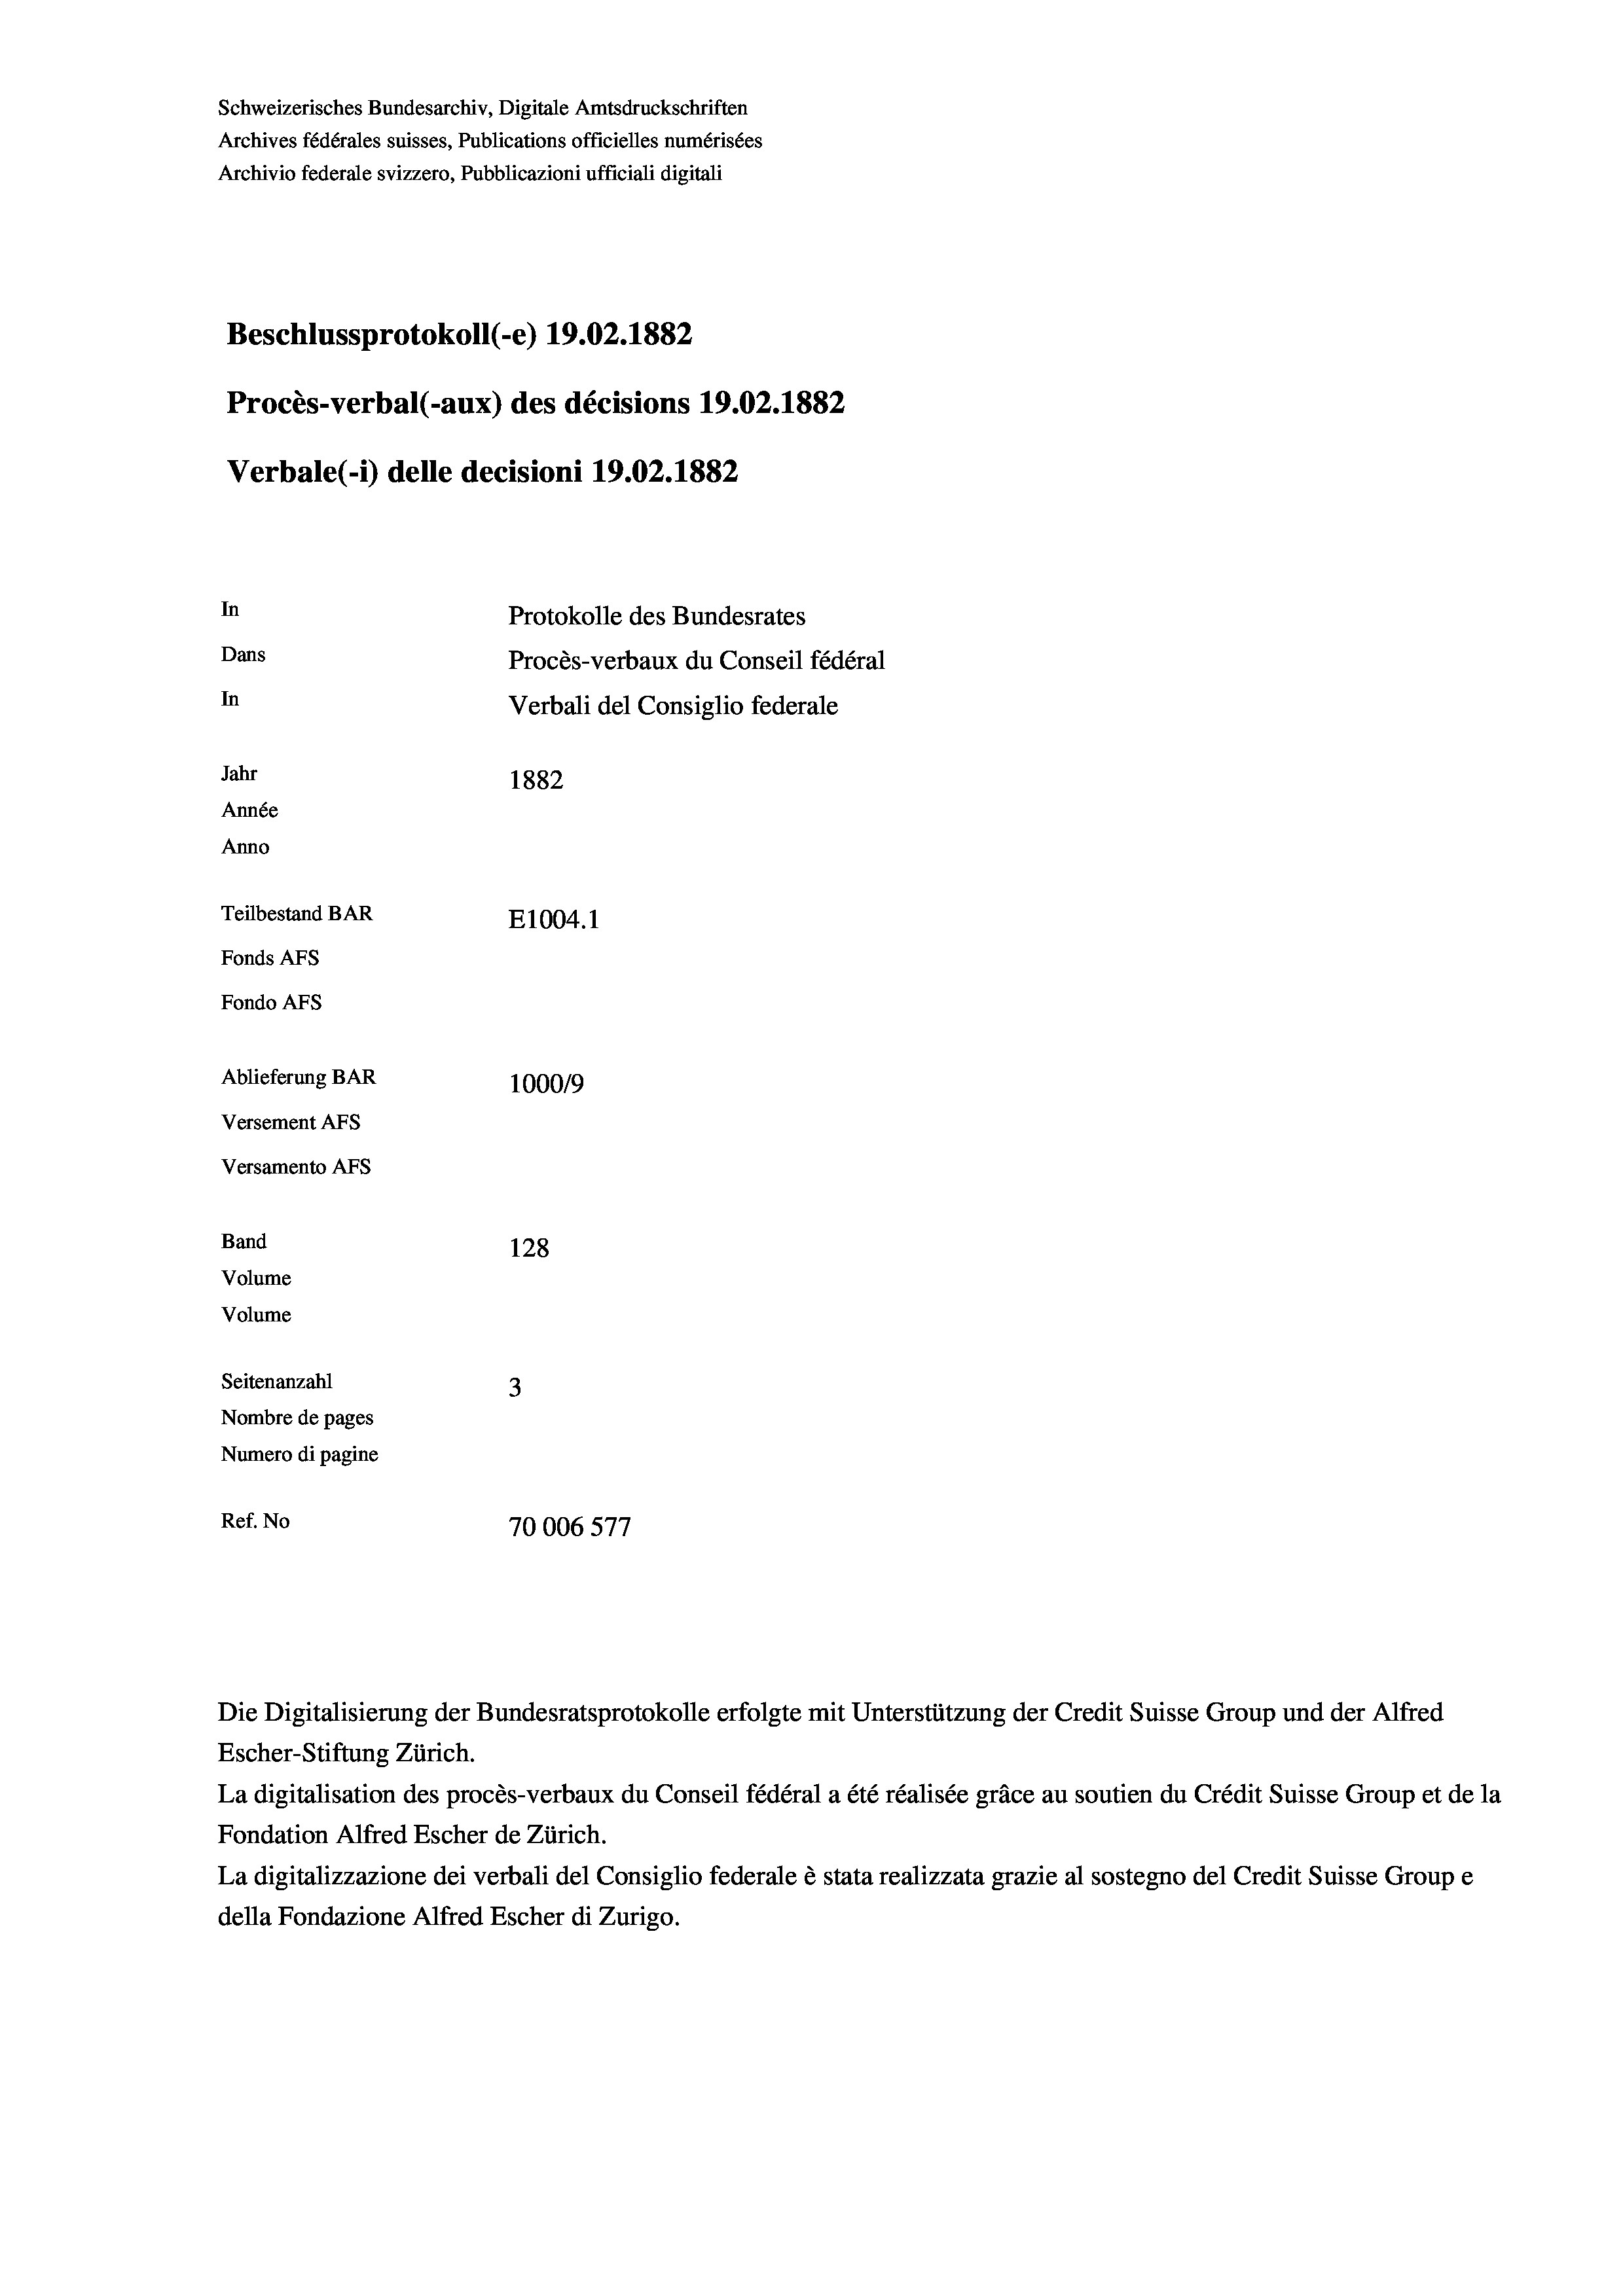
Schweizerisches Bundesarchiv, Digitale Amtsdruckschriften
Archives fédérales suisses, Publications officielles numérisées
Archivio federale svizzero, Pubblicazioni ufficiali digitali
Beschlussprotokoll (-e) 19.02. 1882
Procès-verbal (-aux) des décisions 19.02. 1882
Verbale (1) delle decisioni 19.02. 1882
In
Protokolle des Bundesrates
Dans
Procès-verbaux du Conseil fédéral
In
Verbali del Consiglio federale
Jahr
1882
Année
Anno
Teilbestand BAR
E1004. 1
Fonds Afs
Fondo AFS
Ablieferung BAR
1000/9
Versement AFS
Versamento Afs
Band
128
Volume
Volume
Seitenanzahl
3
Nombre de pages
Numero di pagine
Ref. No
10006577

Die Digitalisierung der Bundesratsprotokolle erfolgte mit Unterstützung der Credit Suisse Group und der Alfred
Escher-Stiftung Zürich.
La digitalisation des procès-verbaux du Conseil fédéral a été réalisée gräce au soutien du Crédit Suisse Group et de la
Fondation Alfred Escher de Zürich.
La digitalizzazione dei verbali del Consiglio federale è stata realizzata grazie al sostegno del Credit Suisse Groupe
della Fondazione Alfred Escher di Zurigo.